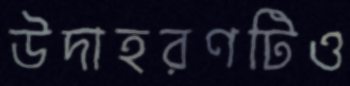
উদাহরণটিও